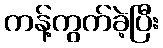
ကန့်ကွက်ခဲ့ပြီး